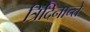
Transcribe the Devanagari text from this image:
त्रिदिनान्ते